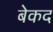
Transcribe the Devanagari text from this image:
बेकद